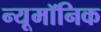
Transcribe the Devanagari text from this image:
न्यूमॉनिक